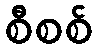
စီစစ်